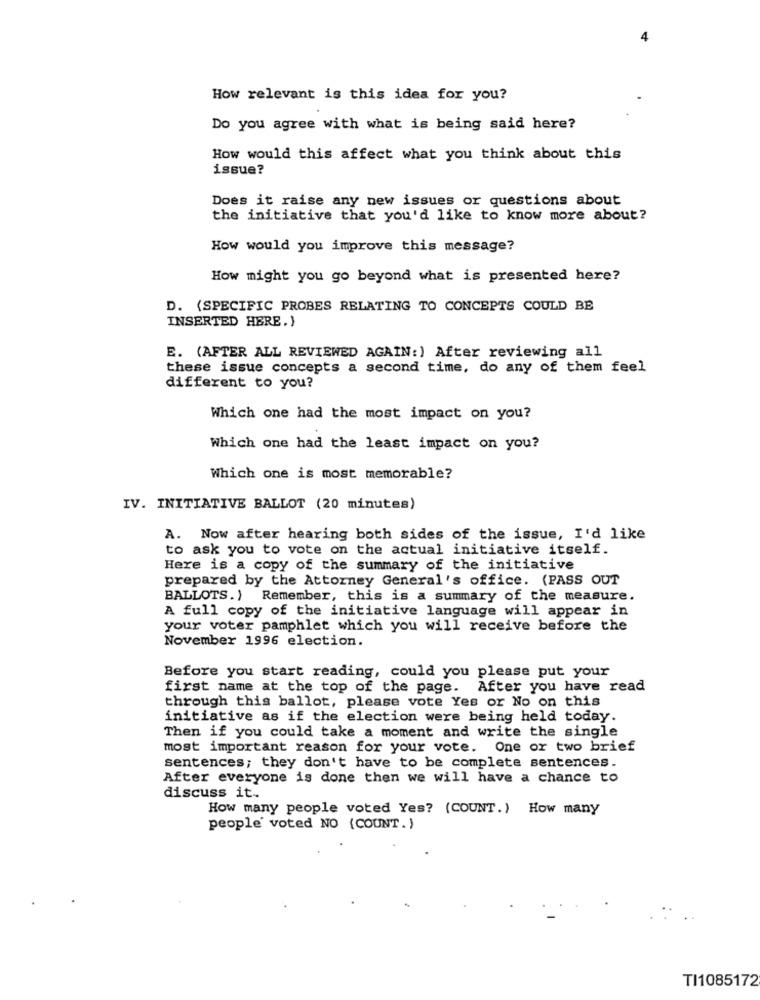
How relevant is this idea for you?
Do you agree with what is being said here?
How would this affect what you think about this
issue?
Does it raise any new issues or questions about
the initiative that you'd like to know more about?
How would you improve this message?
How might you go beyond what is presented here?
D. (SPECIFIC PROBES RELATING TO CONCEPTS COULD BE
INSERTED HERE. }
E. (AFTER ALL REVIEWED AGAIN:) After reviewing all
these issue concepts a second time, do any of them feel
different to you?
Which one had the most impact on you?
Which one had the least impact on you?
Which one is most memorable?
IV. INITIATIVE BALLOT (20 minutes)
A. Now after hearing both sides of the issue, I'd like
to ask you to vote on the actual initiative itself.
Here is a copy of the summary of the initiative
prepared by the Attorney General's office. (PASS OUT
BALLOTS.) Remember, this is a summary of the measure.
A full copy of the initiative language will appear in
your voter pamphlet which you will receive before the
November 1996 election.
Before you start reading, could you please put your
first name at the top of the page. After you have read
through this ballot, please vote Yes or No on this
initiative as if the election were being held today.
Then if you could take a moment and write the single
most important reason for your vote. One or two brief
sentences; they don't have to be complete sentences.
After everyone is done then we will have a chance to
discuss it ..
How many people voted Yes? (COUNT.) How many
people' voted NO (COUNT.)
TI1085172